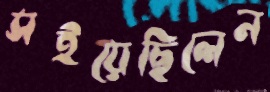
সইয়েছিলেন